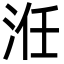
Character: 㳝